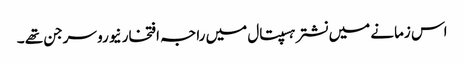
اس زمانے میں نشتر ہسپتال میں راجہ افتخار نیورو سرجن تھے ۔